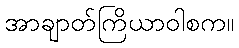
အာချာတ်ကြိယာဝါစက။